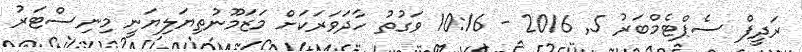
ރަދީފް ސެޕްޓެމްބަރު 5